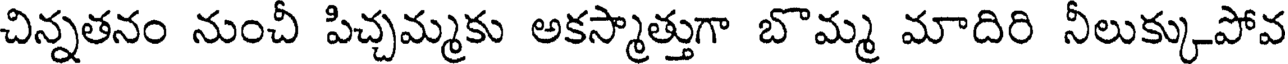
చిన్నతనం నుంచీ పిచ్చమ్మకు అకస్మాత్తుగా బొమ్మ మాదిరి నీలుక్కుపోవ